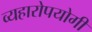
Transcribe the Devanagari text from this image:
व्यहारोपयोगी